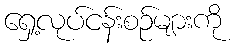
ရှေ့လုပ်ငန်းစဉ်များကို